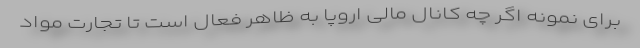
برای نمونه اگر چه کانال مالی اروپا به ظاهر فعال است تا تجارت مواد